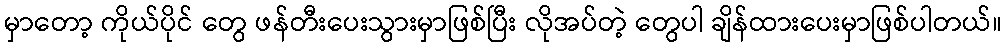
မှာတော့ ကိုယ်ပိုင် တွေ ဖန်တီးပေးသွားမှာဖြစ်ပြီး လိုအပ်တဲ့ တွေပါ ချိန်ထားပေးမှာဖြစ်ပါတယ်။